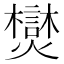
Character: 𪺂